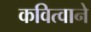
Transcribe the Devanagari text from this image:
कवित्वाने